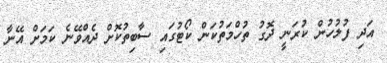
އަދި ފުލުހުން ކުރަނީ ދޮގު ތުހްމަތުކަން ކޯޓުގައި ސާބިތުކޮށް ދެއްވޭނެ ކަމަށް އޭނާ